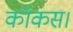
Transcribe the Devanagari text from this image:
कॉकस।